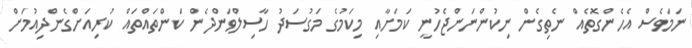
ނަމަވެސް އެހެންގޮތެއް ނެތިގެން ނިކުންނަންޖެހުނީ ކަމަށާއި މިކަމުގެ މަގުސަދު ހާސިލްވަންދެން ކަންތައްތައް ކުރިއަށްގެންދިއުމަށް